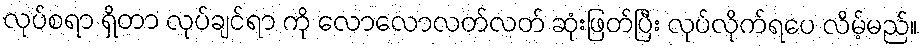
လုပ်စရာ ရှိတာ လုပ်ချင်ရာ ကို လောလောလတ်လတ် ဆုံးဖြတ်ပြီး လုပ်လိုက်ရပေ လိမ့်မည်။